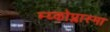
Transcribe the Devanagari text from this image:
म्य्कोप्लास्मा